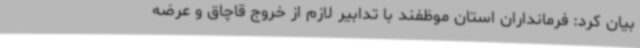
بیان کرد: فرمانداران استان موظفند با تدابیر لازم از خروج قاچاق و عرضه